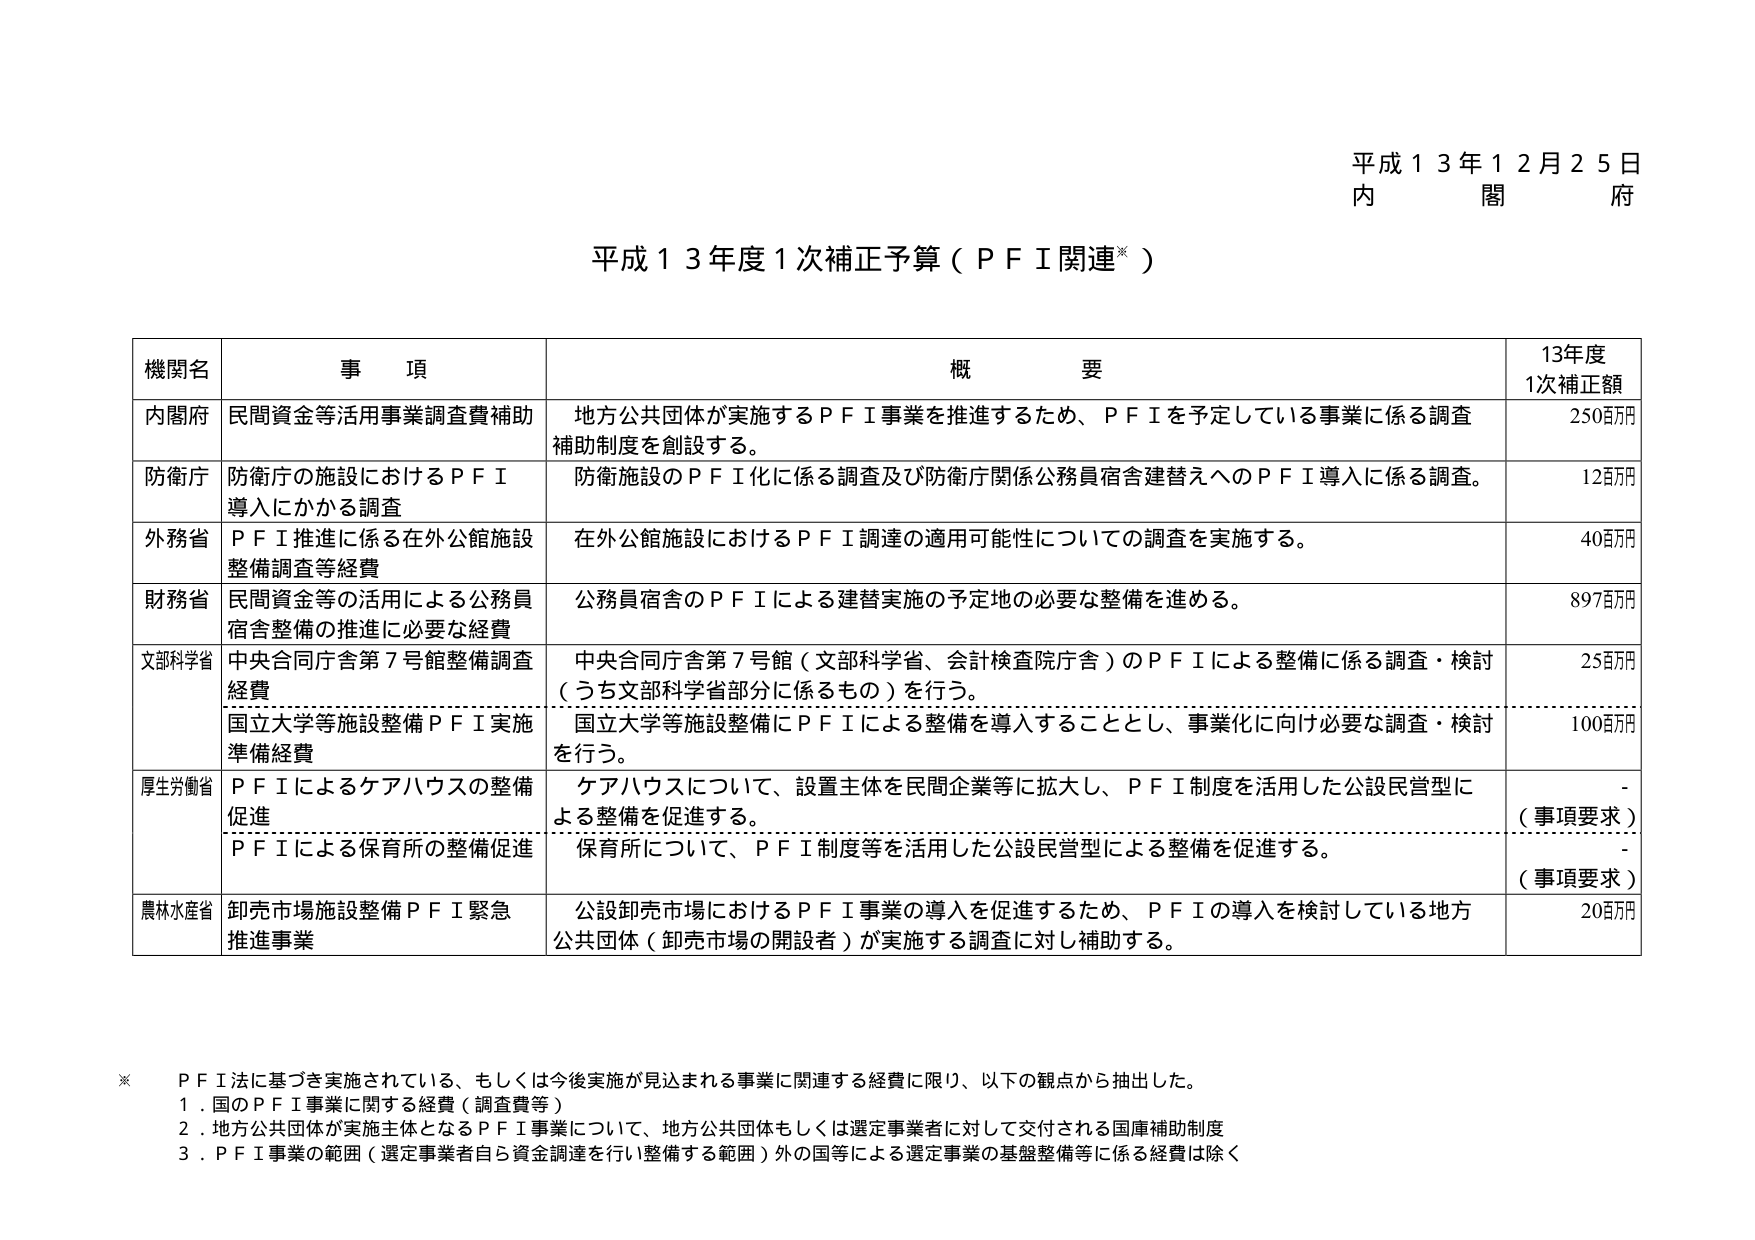
平成１３年１２月２５日
内　　閣　　府

平成１３年度１次補正予算（ＰＦＩ関連※）

| 機関名 | 事　　項 | 概　　要 | 13年度 1次補正額 |
|--------|----------|----------|----------------|
| 内閣府 | 民間資金等活用事業調査費補助 | 地方公共団体が実施するＰＦＩ事業を推進するため、ＰＦＩを予定している事業に係る調査補助制度を創設する。 | 250百万円 |
| 防衛庁 | 防衛庁の施設におけるＰＦＩ導入にかかる調査 | 防衛施設のＰＦＩ化に係る調査及び防衛庁関係公務員宿舎建替えへのＰＦＩ導入に係る調査。 | 12百万円 |
| 外務省 | ＰＦＩ推進に係る在外公館施設整備調査等経費 | 在外公館施設におけるＰＦＩ調達の適用可能性についての調査を実施する。 | 40百万円 |
| 財務省 | 民間資金等の活用による公務員宿舎整備の推進に必要な経費 | 公務員宿舎のＰＦＩによる建替実施の予定地の必要な整備を進める。 | 897百万円 |
| 文部科学省 | 中央合同庁舎第７号館整備調査経費 | 中央合同庁舎第７号館（文部科学省、会計検査院庁舎）のＰＦＩによる整備に係る調査・検討（うち文部科学省部分に係るもの）を行う。 | 25百万円 |
| | 国立大学等施設整備ＰＦＩ実施準備経費 | 国立大学等施設整備にＰＦＩによる整備を導入することとし、事業化に向け必要な調査・検討を行う。 | 100百万円 |
| 厚生労働省 | ＰＦＩによるケアハウスの整備促進 | ケアハウスについて、設置主体を民間企業等に拡大し、ＰＦＩ制度を活用した公設民営型による整備を促進する。 | -（事項要求） |
| | ＰＦＩによる保育所の整備促進 | 保育所について、ＰＦＩ制度等を活用した公設民営型による整備を促進する。 | -（事項要求） |
| 農林水産省 | 卸売市場施設整備ＰＦＩ緊急推進事業 | 公設卸売市場におけるＰＦＩ事業の導入を促進するため、ＰＦＩの導入を検討している地方公共団体（卸売市場の開設者）が実施する調査に対し補助する。 | 20百万円 |

※　ＰＦＩ法に基づき実施されている、もしくは今後実施が見込まれる事業に関連する経費に限り、以下の観点から抽出した。
　１．国のＰＦＩ事業に関する経費（調査費等）
　２．地方公共団体が実施主体となるＰＦＩ事業について、地方公共団体もしくは選定事業者に対して交付される国庫補助制度
　３．ＰＦＩ事業の範囲（選定事業者自ら資金調達を行い整備する範囲）外の国等による選定事業の基盤整備等に係る経費は除く